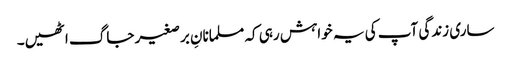
ساری زندگی آپ کی یہ خواہش رہی کہ مسلمانانِ برصغیر جاگ اٹھیں۔